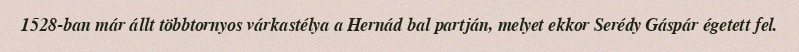
1528-ban már állt többtornyos várkastélya a Hernád bal partján, melyet ekkor Serédy Gáspár égetett fel.